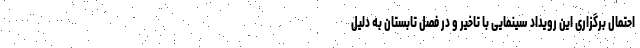
احتمال برگزاری این رویداد سینمایی با تاخیر و در فصل تابستان به دلیل